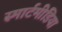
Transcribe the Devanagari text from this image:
स्मार्टमीडिया